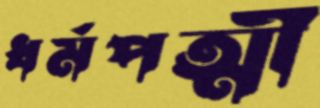
ধর্মপত্মী